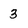
Character: 3